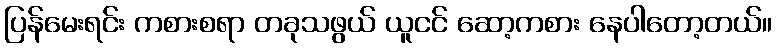
ပြန်မေးရင်း ကစားစရာ တခုသဖွယ် ယူငင် ဆော့ကစား နေပါတော့တယ်။